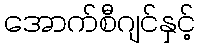
အောက်စီဂျင်နှင့်